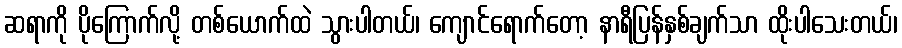
ဆရာကို ပိုကြောက်လို့ တစ်ယောက်ထဲ သွားပါတယ်၊ ကျောင်ရောက်တော့ နာရီပြန်နှစ်ချက်သာ ထိုးပါသေးတယ်၊